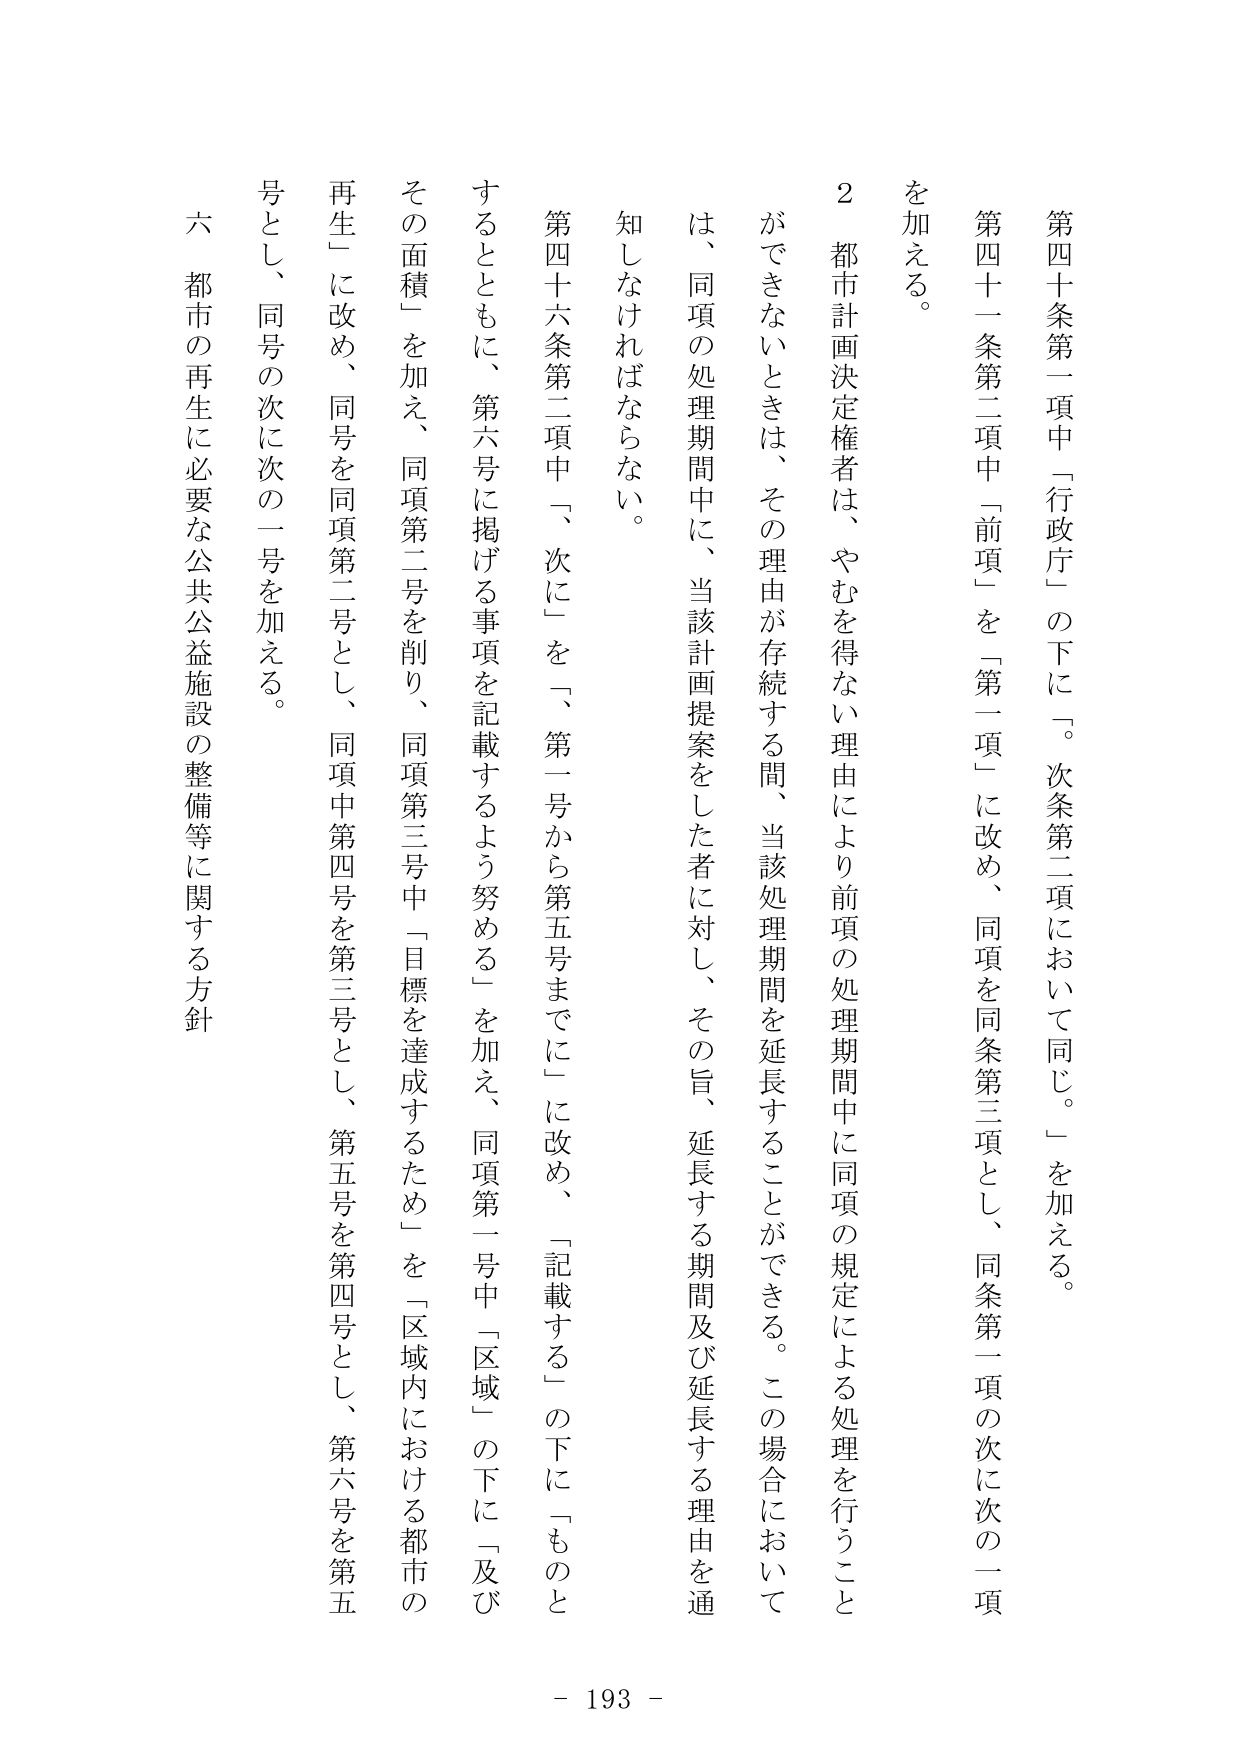
第四十条第一項中「行政庁」の下に「。次条第二項において同じ。」を加える。

第四十一条第二項中「前項」を「第一項」に改め、同項を同条第三項とし、同条第一項の次に次の二項を加える。

２ 都市計画決定権者は、やむを得ない理由により前項の処理期間中に同項の規定による処理を行うことができないときは、その理由が存続する間、当該処理期間を延長することができる。この場合においては、同項の処理期間中に、当該計画提案をした者に対し、その旨、延長する期間及び延長する理由を通知しなければならない。

第四十六条第二項中「、次に」を「、第一号から第五号までに」に改め、「記載する」の下に「ものとするとともに、第六号に掲げる事項を記載するよう努める」を加え、同項第一号中「区域」の下に「及びその面積」を加え、同項第二号を削り、同項第三号中「目標を達成するため」を「区域内における都市の再生」に改め、同号を同項第二号とし、同項中第四号を第三号とし、第五号を第四号とし、第六号を第五号とし、同号の次に次の一号を加える。

六 都市の再生に必要な公共公益施設の整備等に関する方針

- 193 -